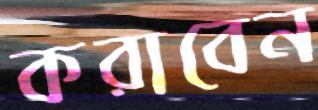
করাবেন